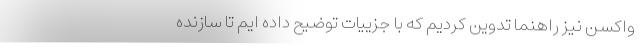
واکسن نیز راهنما تدوین کردیم که با جزییات توضیح داده ایم تا سازنده